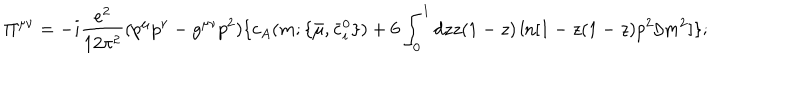
LaTeX: \Pi ^ { \mu \nu } = - i \frac { e ^ { 2 } } { 1 2 \pi ^ { 2 } } ( p ^ { \mu } p ^ { \nu } - g ^ { \mu \nu } p ^ { 2 } ) \{ c _ { A } ( m ; \{ { \bar { \mu } } , { \bar { c } } _ { i } ^ { 0 } \} ) + 6 \int _ { 0 } ^ { 1 } d z z ( 1 - z ) \ln [ 1 - z ( 1 - z ) p ^ { 2 } / m ^ { 2 } ] \} ;